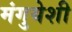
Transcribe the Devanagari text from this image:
मंगुयेशी